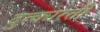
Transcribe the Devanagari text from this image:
दुत्कारती